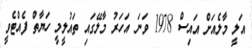
އަލީ މާލެއަށް އައިސް 1978 ވަނަ އަހަރު މާލޭގައި ތައުލީމީ ހަޔާތް ފެއްޓެވީ